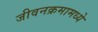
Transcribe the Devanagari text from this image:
जीवनक्रमामध्ये